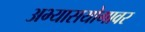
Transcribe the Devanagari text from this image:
अभ्यासयोगावर